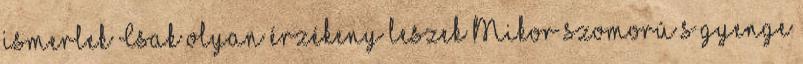
ismerlek Csak olyan érzékeny leszek Mikor szomorú s gyenge